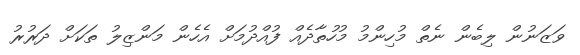
ވަޒަނުން ލިބެން ނެތް މުހިންމު މުހުތާދެއް ފުއްދުމަށް އެހެން މަންޒިލު ތަކަށް ދަރުރު